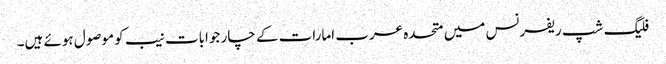
فلیگ شپ ریفرنس میں متحدہ عرب امارات کے چار جوابات نیب کو موصول ہوئے ہیں۔